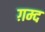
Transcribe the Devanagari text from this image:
ग़म्द